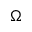
\Omega